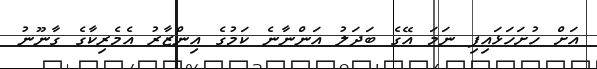
އަށް ހުށަހަޅައިފި ނަމަ އޭގެ ބަދަލު އަންނާނެ ކަމުގެ އިންޒާރު އެމެރިކާގެ ގާނޫނު